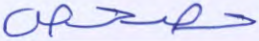
حصحص